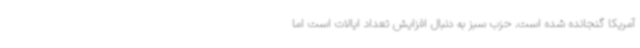
آمریکا گنجانده شده است. حزب سبز به دنبال افزایش تعداد ایالات است اما